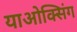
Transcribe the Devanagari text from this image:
याओक्सिंग